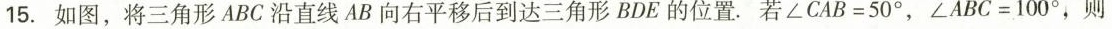
15.如图，将三角形ABC沿直线AB向右平移后到达三角形BDE的位置。若$$∠ C A B = 5 0 °$$，$$∠ A B C = 1 0 0 °$$，则